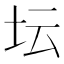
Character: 坛